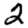
Digit: 2